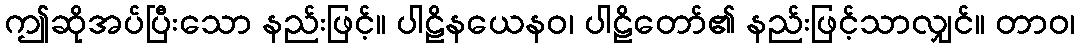
ဤဆိုအပ်ပြီးသော နည်းဖြင့်။ ပါဠိနယေနဝ၊ ပါဠိတော်၏ နည်းဖြင့်သာလျှင်။ တာဝ၊